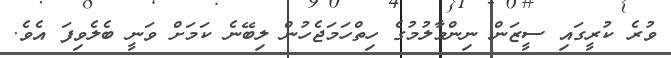
ވުރެ ކުރީގައި ސީޒަން ނިންމާލުމުގެ ހިތްހަމަޖެހުން ލިބޭނެ ކަމަށް ވަނީ ބެލެވިފަ އެވެ.